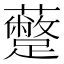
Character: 𮜣